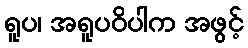
ရူပ၊ အရူပဝိပါက အဖွင့်